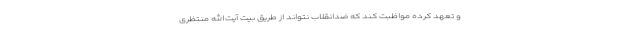
و تعهد كرده مواظبت كند كه ضدانقلاب نتواند از طریق بیت آیت‌الله منتظرى